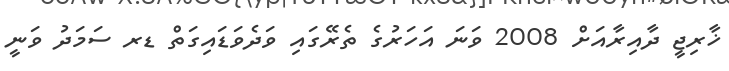
ޚާރިޖީ ދާއިރާއަށް 2008 ވަނަ އަހަރުގެ ތެރޭގައި ވަދެވަޑައިގަތް ޑރ ސަމަދު ވަނީ